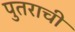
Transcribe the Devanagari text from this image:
पुतराची